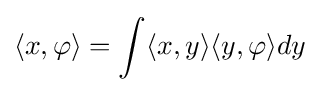
\langle x,\varphi \rangle =\int \langle x,y\rangle \langle y,\varphi \rangle dy